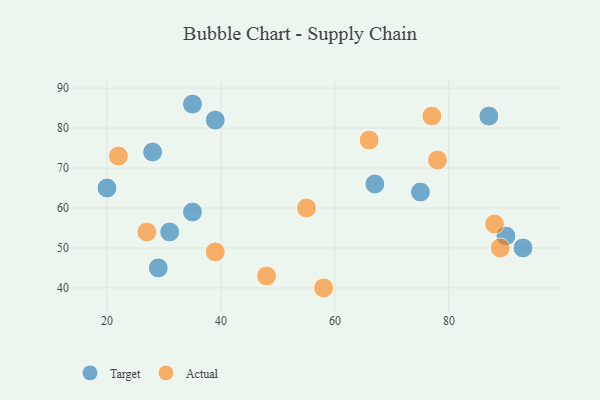
{"axis": {"x": "GDP", "y": "Life Expectancy"}, "legend": ["Actual", "Target"], "data": [{"x": "93", "y": 50, "type": "Target"}, {"x": "75", "y": 64, "type": "Target"}, {"x": "90", "y": 53, "type": "Target"}, {"x": "87", "y": 83, "type": "Target"}, {"x": "35", "y": 86, "type": "Target"}, {"x": "28", "y": 74, "type": "Target"}, {"x": "67", "y": 66, "type": "Target"}, {"x": "20", "y": 65, "type": "Target"}, {"x": "29", "y": 45, "type": "Target"}, {"x": "31", "y": 54, "type": "Target"}, {"x": "39", "y": 82, "type": "Target"}, {"x": "35", "y": 59, "type": "Target"}, {"x": "39", "y": 49, "type": "Actual"}, {"x": "89", "y": 50, "type": "Actual"}, {"x": "48", "y": 43, "type": "Actual"}, {"x": "27", "y": 54, "type": "Actual"}, {"x": "78", "y": 72, "type": "Actual"}, {"x": "22", "y": 73, "type": "Actual"}, {"x": "55", "y": 60, "type": "Actual"}, {"x": "58", "y": 40, "type": "Actual"}, {"x": "66", "y": 77, "type": "Actual"}, {"x": "77", "y": 83, "type": "Actual"}, {"x": "88", "y": 56, "type": "Actual"}]}